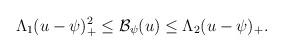
LaTeX: \begin{align*} \begin{aligned} \Lambda_1 (u-\psi)_+^{2}\leq \mathcal{B}_{\psi}(u) \leq \Lambda_2(u-\psi)_+. \end{aligned} \end{align*}